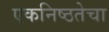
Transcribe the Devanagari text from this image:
एकनिष्ठतेचा